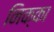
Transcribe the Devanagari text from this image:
निक्का